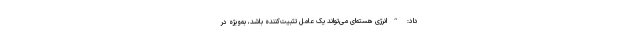
داد: “انرژی هسته‌ای می‌تواند یک عامل تثبیت‌کننده باشد، به‌ویژه در